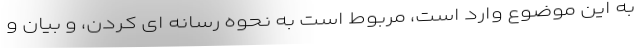
به این موضوع وارد است، مربوط است به نحوه رسانه ای کردن، و بیان و